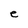
Character: e